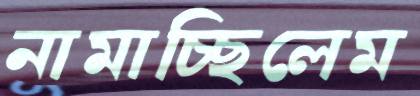
নামাচ্ছিলেম